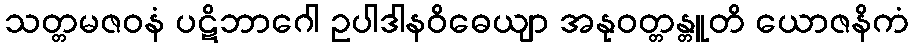
သတ္တမဇဝနံ ပဋိဘာဂေါ ဥပါဒါနဝိဓေယျာ အနုဝတ္တန္တူတိ ယောဇနိကံ